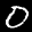
Label: 0